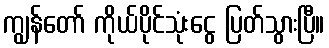
ကျွန်တော် ကိုယ်ပိုင်သုံးငွေ ပြတ်သွားပြီ။